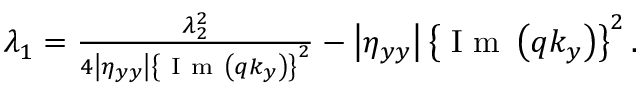
\begin{array} { r } { \lambda _ { 1 } = \frac { \lambda _ { 2 } ^ { 2 } } { 4 \left| \eta _ { y y } \right| \left\{ \mathrm { ~ I ~ m ~ } \left( q k _ { y } \right) \right\} ^ { 2 } } - \left| \eta _ { y y } \right| \left\{ \mathrm { ~ I ~ m ~ } \left( q k _ { y } \right) \right\} ^ { 2 } . } \end{array}